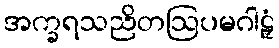
အက္ခရသညိတဩပမဂါဠှံ